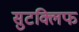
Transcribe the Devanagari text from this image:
सुटक्लिफ